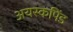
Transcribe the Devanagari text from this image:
अयस्कपिंड